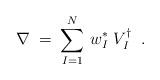
LaTeX: \begin{align*} \nabla \;=\; \sum_{I=1}^N \, w_I^* \; V_I^\dagger \;\;.\end{align*}